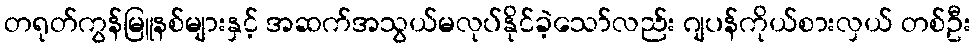
တရုတ်ကွန်မြူနစ်များနှင့် အဆက်အသွယ်မလုပ်နိုင်ခဲ့သော်လည်း ဂျပန်ကိုယ်စားလှယ် တစ်ဦး